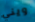
ويني